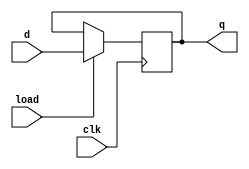
module register (
	input [15:0]d,
	input load, clk,
	output reg [15:0]q);
	
	always @(posedge clk) begin
		if(load)
			q <= d;
	end
endmodule